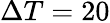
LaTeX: \Delta T=20